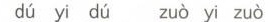
dù yi d ù zuò yi zuò